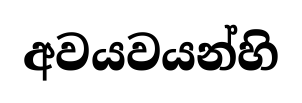
අවයවයන්හි